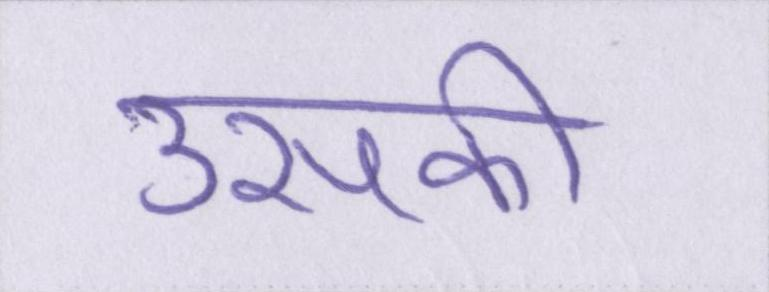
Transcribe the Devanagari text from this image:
उसकी